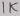
Text: 1K